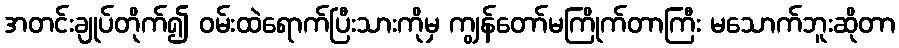
အတင်းချုပ်တိုက်၍ ဝမ်းထဲရောက်ပြီးသားကိုမှ ကျွန်တော်မကြိုက်တာကြီး မသောက်ဘူးဆိုတာ